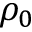
\rho _ { 0 }